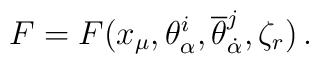
F = F(x_{\mu}, \theta_{\alpha}^{i}, 	{\overline \theta}_{\dot \alpha}^{j}, \zeta_{r}) \, .